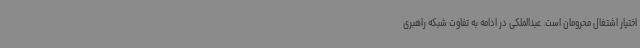
اختیار اشتغال محرومان است. عبدالملکی در ادامه به تفاوت شبکه راهبری